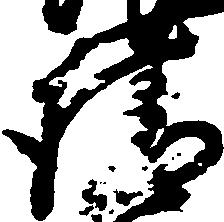
請